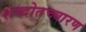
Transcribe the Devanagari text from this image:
शब्दोतच्चारण